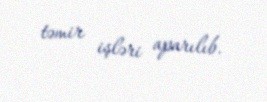
təmir işləri aparılıb.